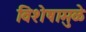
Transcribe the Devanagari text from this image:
विशेषामुळे